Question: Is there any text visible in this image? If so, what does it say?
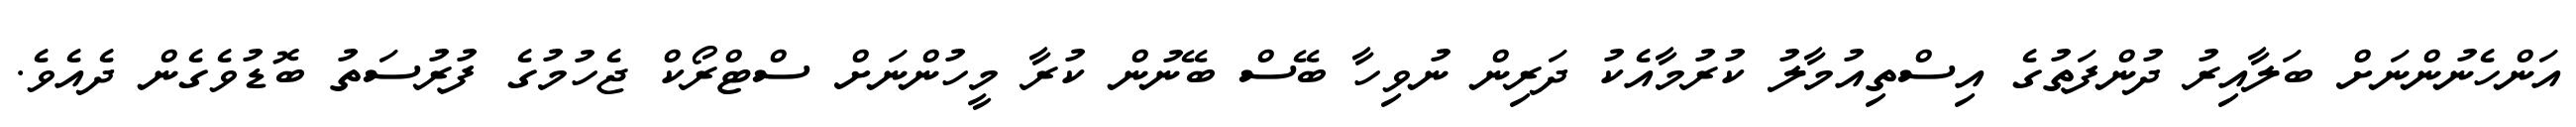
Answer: އަންހެނުންނަށް ބަލާއިރު ދުންފަތުގެ އިސްތިއުމާލު ކުރުމާއެކު ދަރިން ނުވިހާ ބޭސް ބޭނުން ކުރާ މީހުންނަށް ސްޓްރޯކް ޖެހުމުގެ ފުރުސަތު ބޮޑުވެގެން ދެއެވެ.